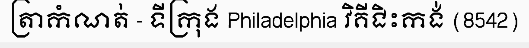
ត្រាកំណត់ - ទីក្រុង Philadelphia វិគីជិះកង់ (8542)